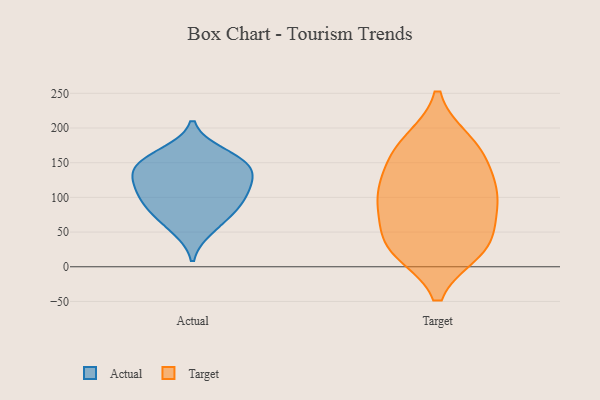
{"axis": {"x": "Energy Usage (MWh)", "y": "Value"}, "legend": ["Actual", "Target"], "data": [{"x": "", "y": 102, "type": "Actual"}, {"x": "", "y": 85, "type": "Actual"}, {"x": "", "y": 142, "type": "Actual"}, {"x": "", "y": 75, "type": "Actual"}, {"x": "", "y": 126, "type": "Actual"}, {"x": "", "y": 122, "type": "Actual"}, {"x": "", "y": 147, "type": "Actual"}, {"x": "", "y": 54, "type": "Actual"}, {"x": "", "y": 164, "type": "Actual"}, {"x": "", "y": 152, "type": "Actual"}, {"x": "", "y": 103, "type": "Actual"}, {"x": "", "y": 30, "type": "Target"}, {"x": "", "y": 133, "type": "Target"}, {"x": "", "y": 32, "type": "Target"}, {"x": "", "y": 174, "type": "Target"}, {"x": "", "y": 90, "type": "Target"}, {"x": "", "y": 95, "type": "Target"}, {"x": "", "y": 109, "type": "Target"}, {"x": "", "y": 25, "type": "Target"}, {"x": "", "y": 34, "type": "Target"}, {"x": "", "y": 91, "type": "Target"}, {"x": "", "y": 158, "type": "Target"}, {"x": "", "y": 179, "type": "Target"}]}